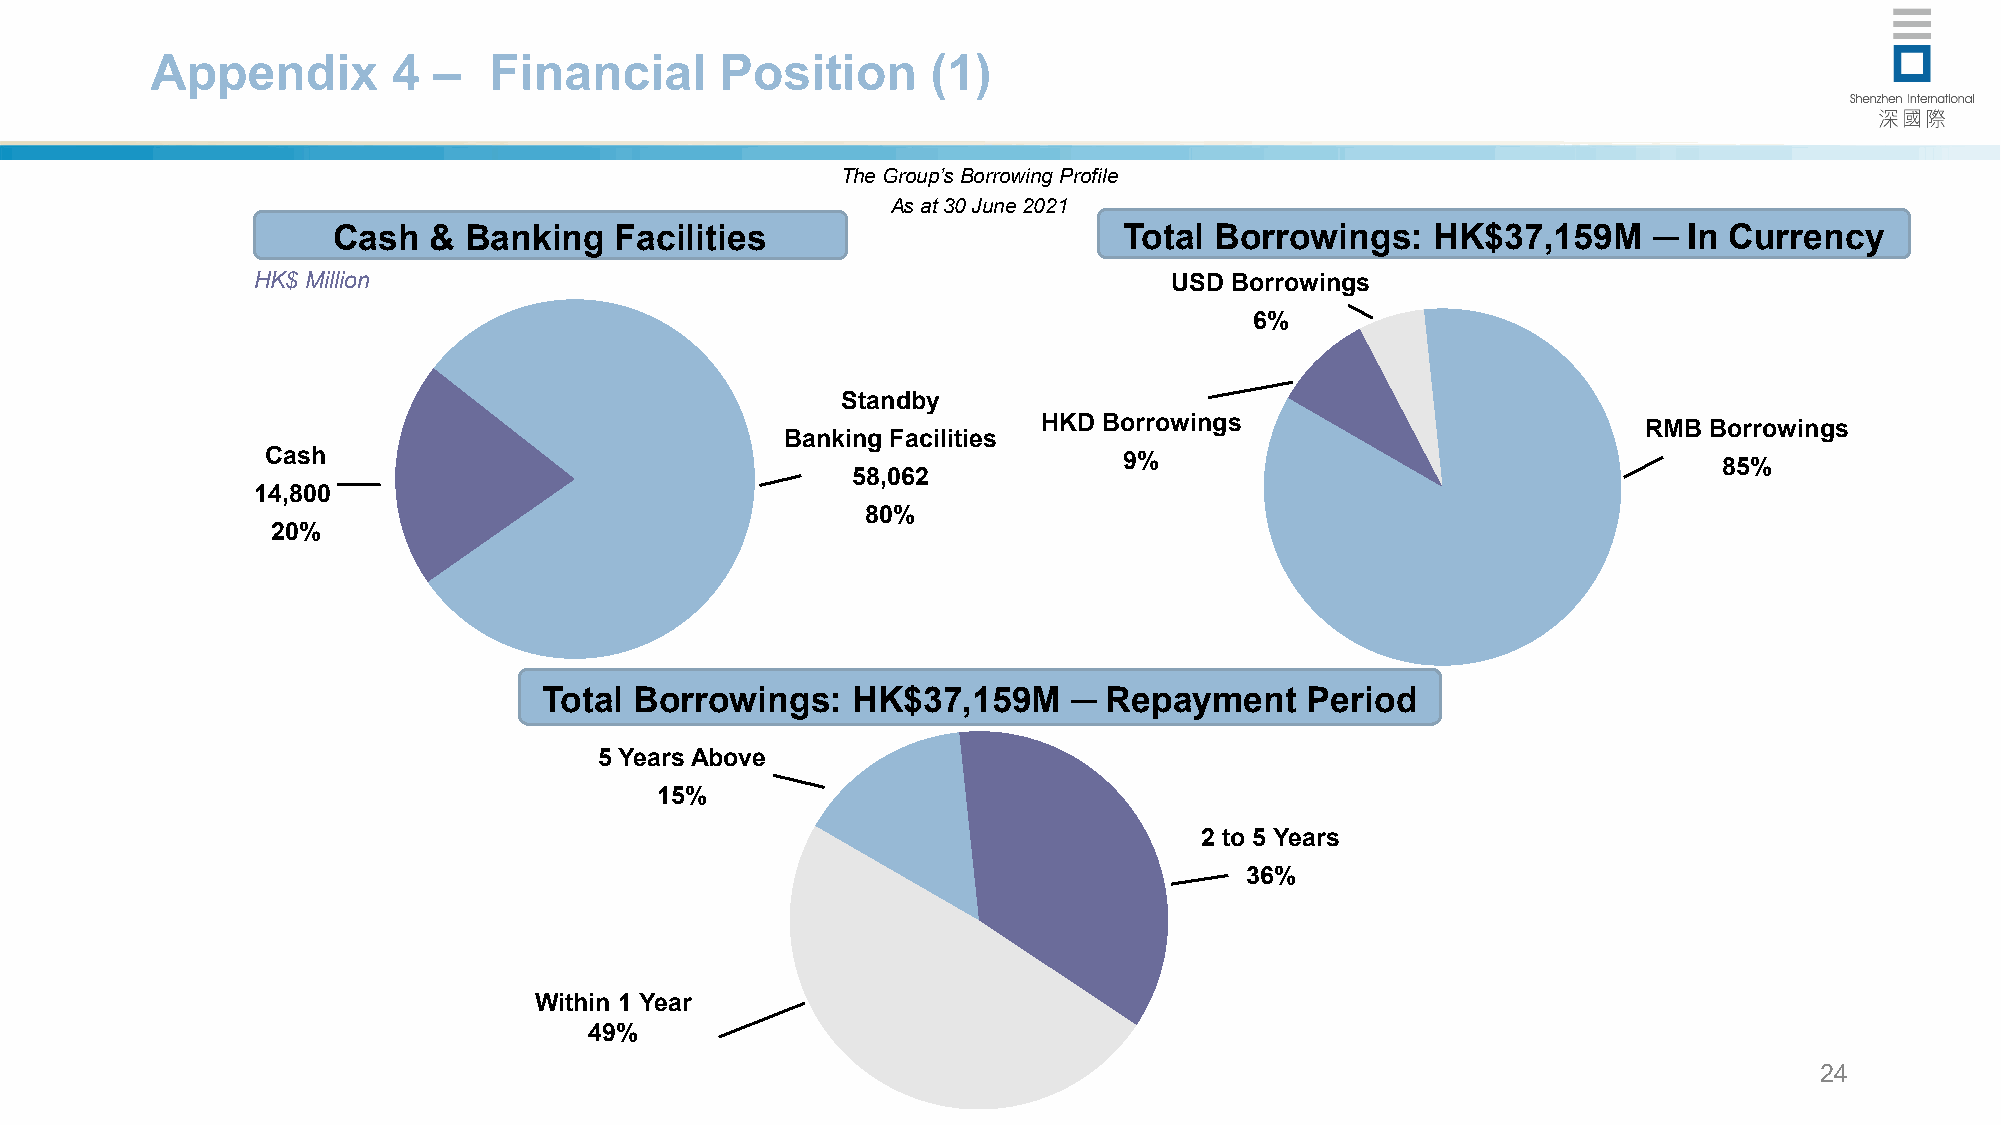
Appendix        4  –  Financial       Position      (1)
 The Group’s Borrowing Profile
 As at30 June 2021
 Cash  &  Banking   Facilities                       Total Borrowings:    HK$37,159M    ─  In Currency
 HK$ Million                                                 USD Borrowings
 6%
 Standby
 HKD Borrowings                          RMB Borrowings
 Banking Facilities
 Cash                                                    9%                                      85%
 58,062
 14,800
 80%
 20%
 Total Borrowings:   HK$37,159M     ─ Repayment     Period
 5 Years Above
 15%
 2 to 5 Years
 36%
 Within 1 Year
 49%
 24